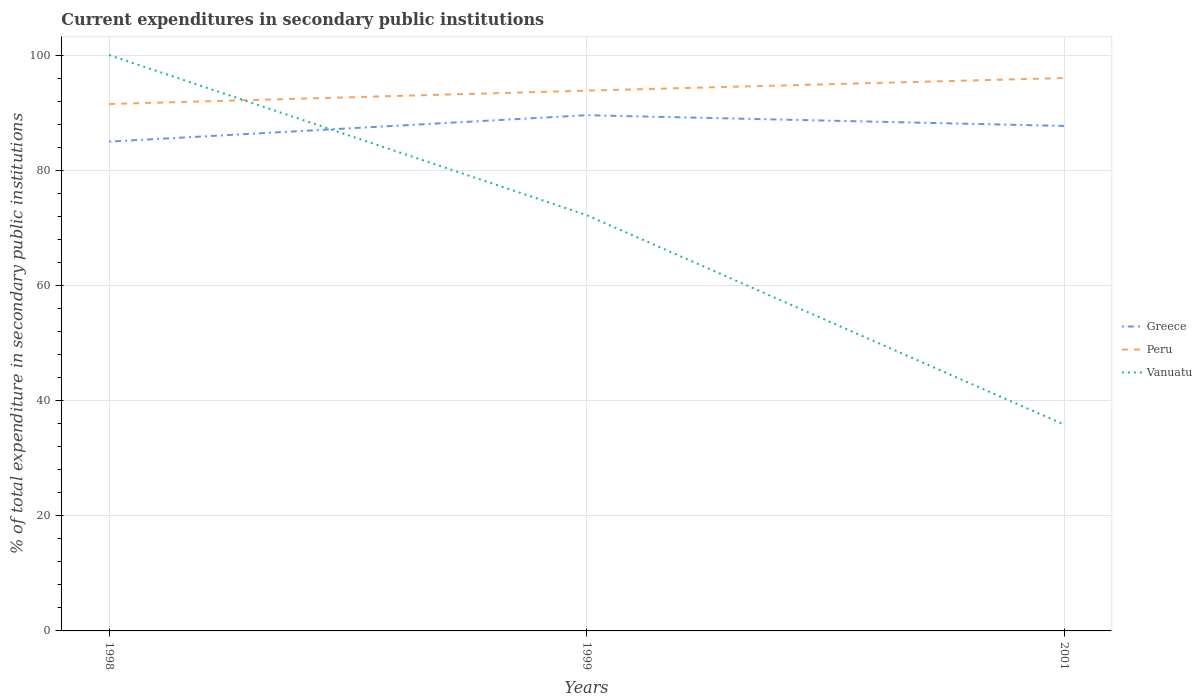
| Years | Greece | Peru | Vanuatu |
 | --- | --- | --- | --- |
 | 1998 | 85 | 91.5 | 100 |
 | 1999 | 89.6 | 93.8 | 72.2 |
 | 2001 | 87.7 | 96 | 35.8 |